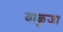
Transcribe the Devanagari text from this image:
याकुजा